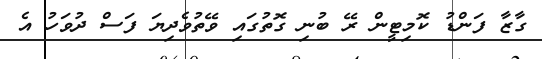
ގާޒާ ފަންޑު ކޮމިޓީން ރޭ ބުނި ގޮތުގައި ވޭތުވެދިޔަ ފަސް ދުވަހު އެ